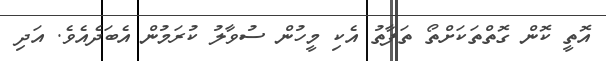
އޮތީ ކޮން ގޮތްތަކަށްތޯ ތަފާތު އެކި މީހުން ސުވާލު ކުރަމުން އެބަދެއެވެ. އަދި